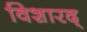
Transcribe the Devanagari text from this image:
विशारद्